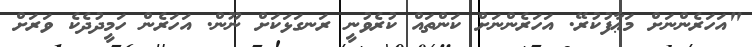
"އަހަރެންނަށް މަޢާފުކުރޭ. އަހަރެންނަށް ކަންތައް ކުރެވުނީ ރަނގަޅަކަށް ނޫން. އަހަރެން ހަމީދުދެކެ ވަރަށް